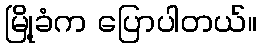
မြို့ခံက ပြောပါတယ်။